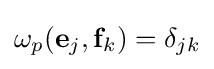
\omega _{p}({\mathbf {e} }_{j},{\mathbf {f} }_{k})=\delta _{jk}